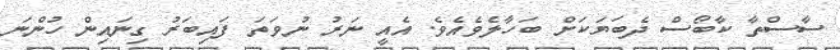
ސާސްތާ ކާބޯސް ދެބަޔަކަށް ބަހާލެވެއެވެ. އެއީ ނަރު ނުވަތަ ފައިބަރު ގިނައިން ހުންނަ